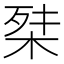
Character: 𭪕